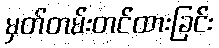
မှတ်တမ်းတင်ထားခြင်း